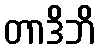
တာဒိဘိ